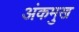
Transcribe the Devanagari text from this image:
अंकमुख